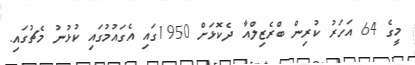
މީގެ 64 އަހަރު ކުރިން ބްރެޒިލްއާ ދެކޮޅަށް 1950ގައި އެގައުމުގައިި ކުޅުނު މެޗުގައި.